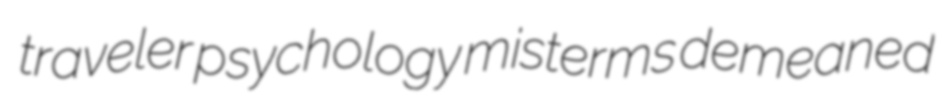
traveler psychology misterms demeaned